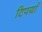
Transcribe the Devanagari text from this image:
टिपर्या